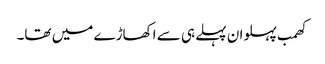
کھمب پہلوان پہلے ہی سے اکھاڑے میں تھا۔